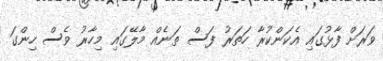
ވަރަށް ފާޅުގައި އެކަންކުރާ ހަތަރު ފަސް ތަނެއް މާލޭގައި މިހާރު ވެސް ހިންގަ